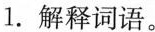
1.解释词语。